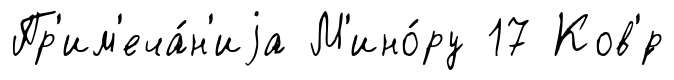
Пр'им'еча́н'иjа М'ино́ру 17 Ков'́р